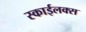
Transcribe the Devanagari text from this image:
स्काईलक्स